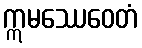
ဣမဿေဝေတံ